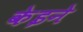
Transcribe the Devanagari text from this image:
केइने